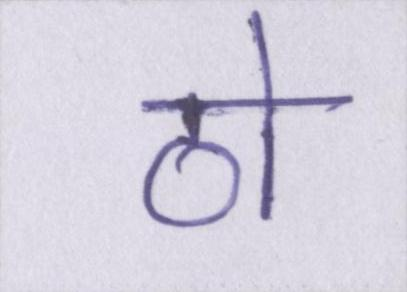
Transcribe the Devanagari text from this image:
ठो